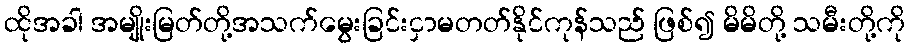
ထိုအခါ အမျိုးမြတ်တို့အသက်မွေးခြင်းငှာမတတ်နိုင်ကုန်သည် ဖြစ်၍ မိမိတို့ သမီးတို့ကို